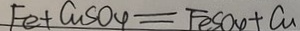
F e + C u S O 4 = F e S O _ { 4 } + C u